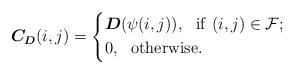
LaTeX: \begin{align*}\boldsymbol{C_D}(i,j)=\left \{\begin {aligned}&\boldsymbol{D}({\psi(i,j)}),~~{\rm if}\ (i,j) \in \mathcal F;\\&0,~~{\rm otherwise}.\end {aligned}\right.\end{align*}